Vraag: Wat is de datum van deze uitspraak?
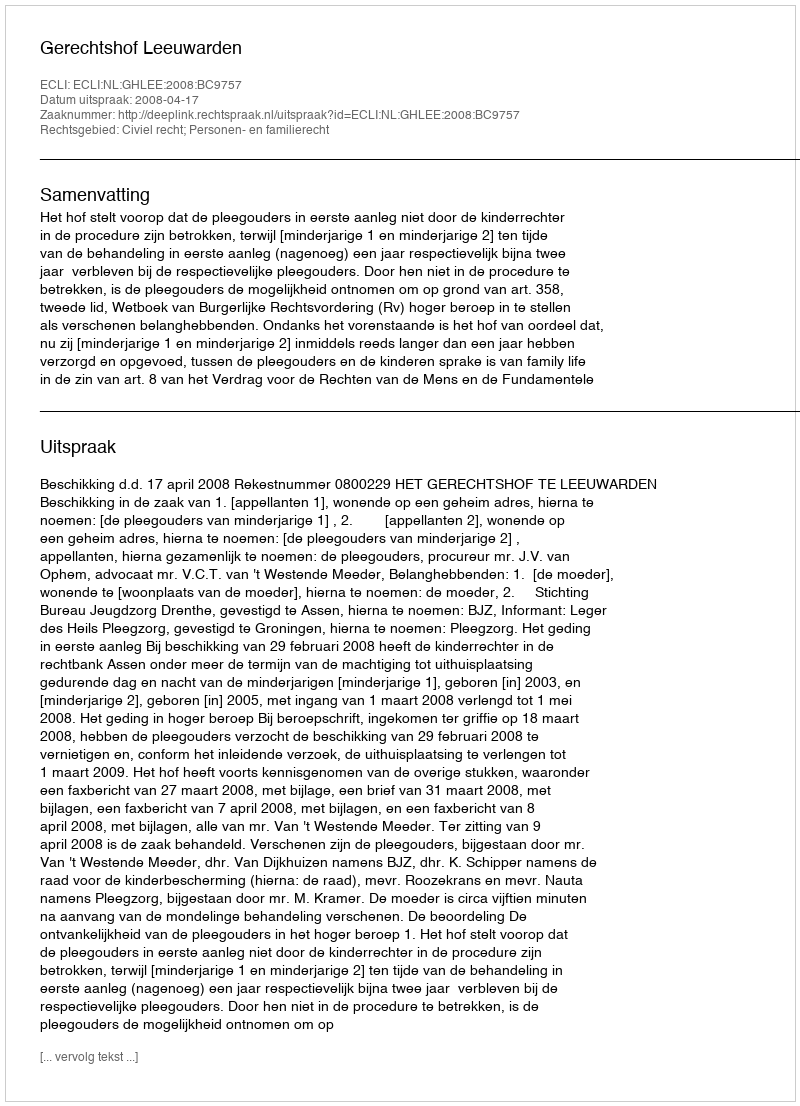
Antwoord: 2008-04-17